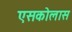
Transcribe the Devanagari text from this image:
एसकोलास